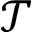
\mathcal { T }